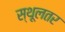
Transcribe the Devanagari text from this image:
स्थूलतर